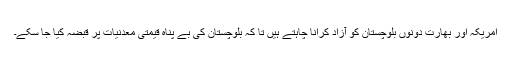
امریکہ اور بھارت دونوں بلوچستان کو آزاد کرانا چاہتے ہیں تا کہ بلوچستان کی بے پناہ قیمتی معدنیات پر قبضہ کیا جا سکے۔